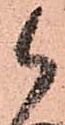
候